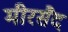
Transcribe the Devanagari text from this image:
मीरसैद